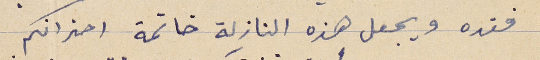
فقده ويجعل هذه النازلة خاتمة احزانكم